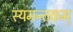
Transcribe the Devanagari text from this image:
स्यमन्तकम्